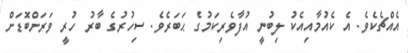
އެއްޗެކެވެ. އެ ކެއުމާއިއެކު ލިބުނީ އުފާވެރިކަމުގެ ޙަބަރެވެ. ސިހުރުގެ ބާރު ހުރީ ވަރަށްބޮޑަށް